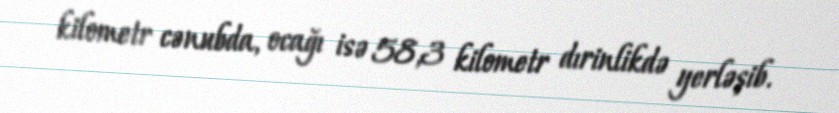
kilometr cənubda, ocağı isə 58,3 kilometr dırinlikdə yerləşib.